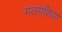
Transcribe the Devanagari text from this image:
मलयशिया